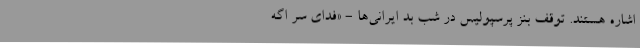
اشاره هستند. توقف بنز پرسپولیس در شب بد ایرانی‌ها - «فدای سر اگه